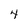
Character: 4